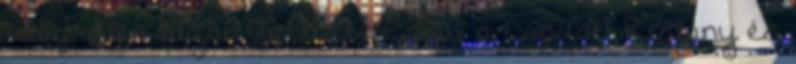
világ ellen lázadva élheted meg a Csodát. Kislány és